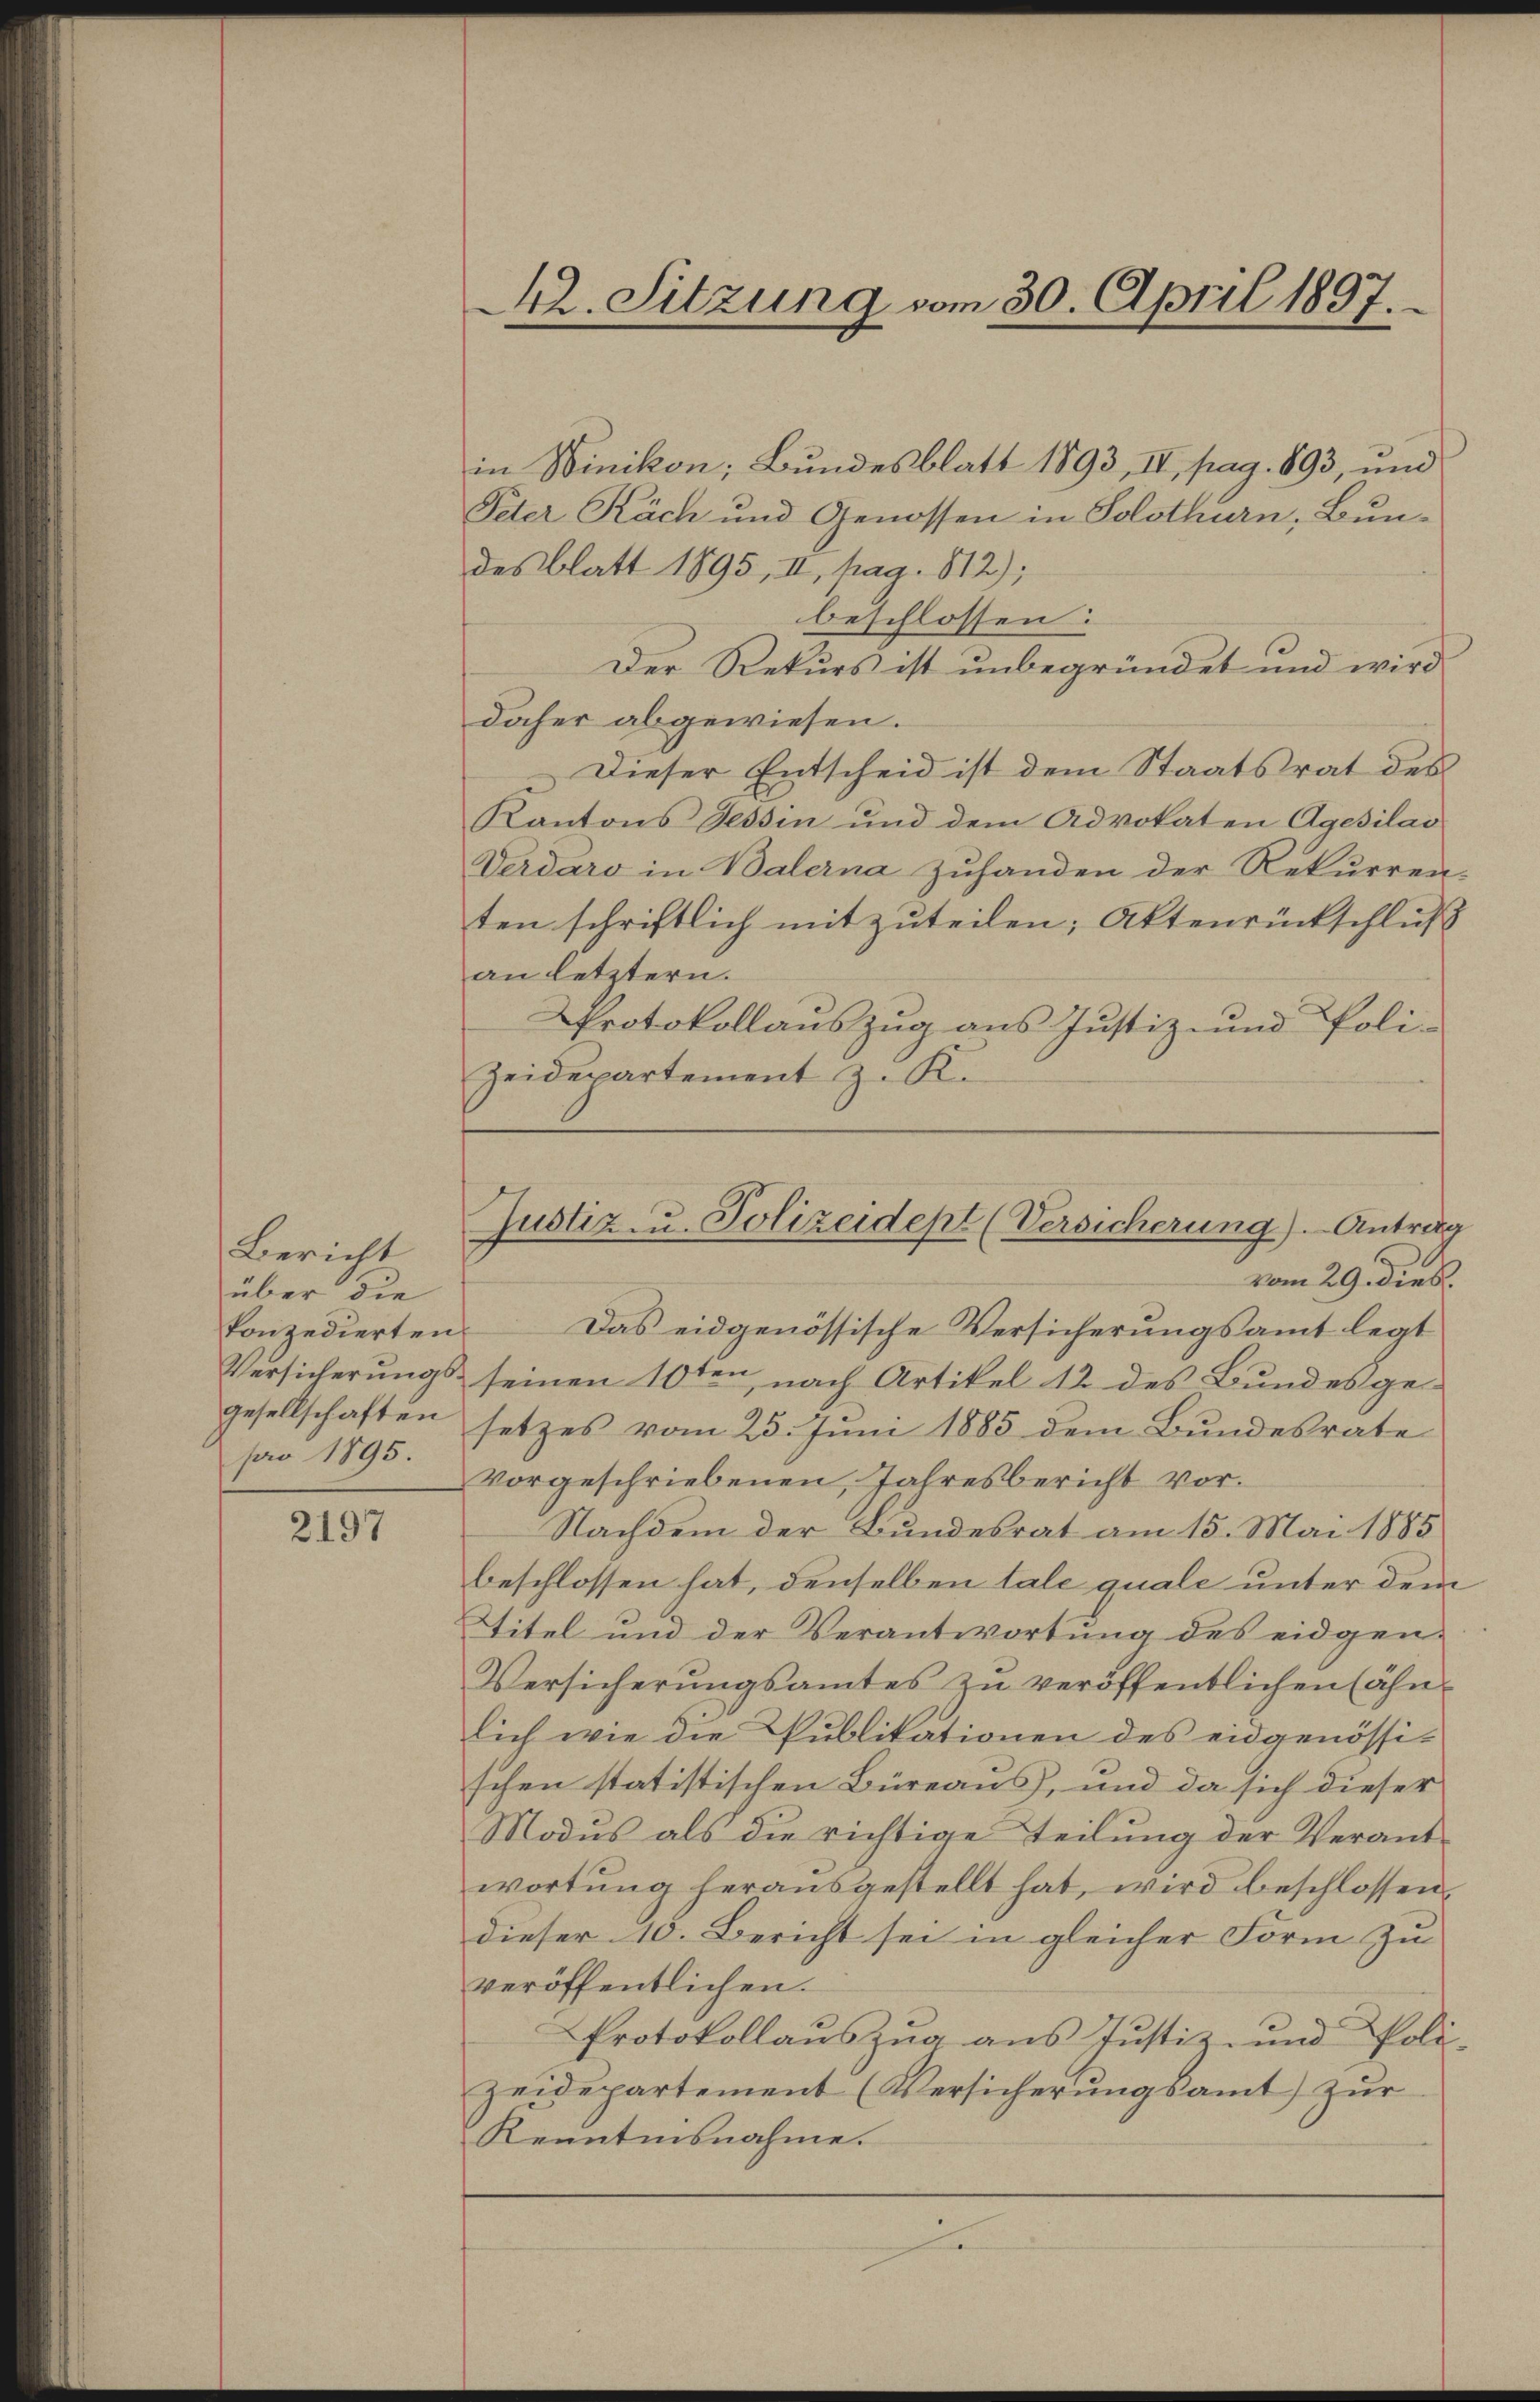
Bericht
über die
konzedierten
Versicherungsgesellschaften
pro 1895.

2197

42. Sitzung vom 30. April 1837.

in Winikon; Bundesblatt 1893, IV, pag. 893, und
Peter Räch und Genossen in Solothurn, Bundes blatt 1895, II, pag. 812);
beschlossen:
Der Rekurs ist unbegründet und wird
daher abgewiesen.
Dieser Entscheid ist dem Staatsrat des
Kantons Tessin und dem Advokaten Agesilai
Verdaro in Balerna Zuhanden der Rekurren-
ten schriftlich mitzuteilen; Aktenrückschluß
an letztern.
Protokollauszug aus Justiz- und Poli-
Zeidepartement z. K.
Das eidgenössische Versicherungsamt legt
seinen 16ten nach Artikel 12 des Bundesgesetzes vom 25. Juni 1885 dem Bundesrate
Vorgeschriebenen Jahresbericht vor.
Nachdem der Bundesrat am 15. Mai 1885
beschlossen hat, denselben tale quale unter dem
Titel und der Verantwortung des eidgen-
Versicherŭngsamtes zu veröffentlichen (ähn-
lich wie die Publikationen des eidgenössischen statistischen Büreaus, und da sich dieser
Modus als die richtige Teilung der Verant-
wortŭng herausgestellt hat, wird beschlossen,
dieser 10. Bericht sei in gleicher Form zu
veröffentlichen.
Protokollauszug aus Justiz- und Poli-
zeidepartement (Versicherŭngsamt zŭr
Renntnisnahme.
d

Justiz- u. Polizeidept (Versicherung). Antrag
vom 29. dies.